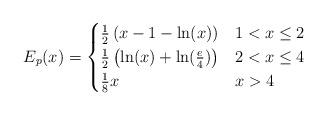
LaTeX: \begin{align*}E_p(x) = \begin{cases}\frac{1}{2}\left(x-1-\ln (x)\right) & 1<x\leq 2 \\\frac{1}{2}\left(\ln(x)+\ln(\frac{e}{4}) \right) & 2<x\leq 4 \\\frac{1}{8}x & x>4 \\\end{cases}\end{align*}